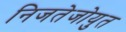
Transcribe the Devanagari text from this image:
निजतेजोयुत